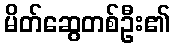
မိတ်ဆွေတစ်ဦး၏